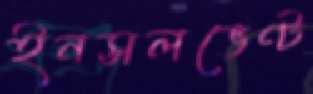
ইনসলভেণ্ট